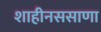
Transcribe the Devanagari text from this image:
शाहीनससाणा